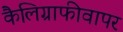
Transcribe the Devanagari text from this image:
कैलिग्राफीवापर